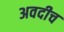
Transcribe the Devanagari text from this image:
अवदीच